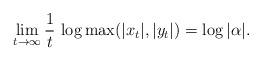
LaTeX: \begin{align*} \lim_{t\to\infty} \frac{1}{t}\,\log \max(|x_t|,|y_t|) = \log |\alpha|.\end{align*}